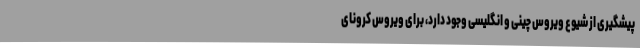
پیشگیری از شیوع ویروس چینی و انگلیسی وجود دارد، برای ویروس کرونای